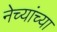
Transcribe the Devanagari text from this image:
नेच्यांच्या